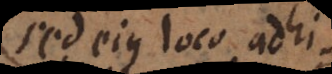
sed ejus loco adhibuit